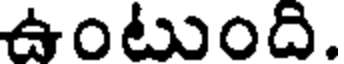
ఉంటుంది.